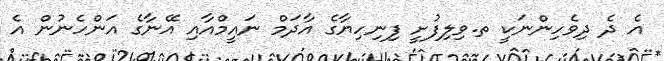
އެ ދެ ދިވެހިންނަކީ ތ.ވިލިފުށީ ފިނިހިޔާގެ އާދަމް ނައީމްއާއި އޭނާގެ އަންހެނުން އެ